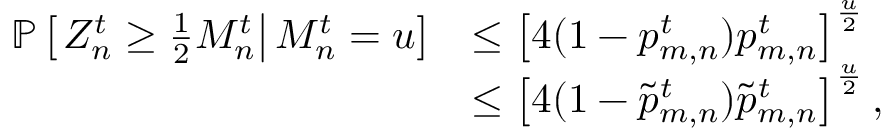
\begin{array} { r l } { \mathbb { P } \left[ \left. Z _ { n } ^ { t } \geq \frac { 1 } { 2 } M _ { n } ^ { t } \right| M _ { n } ^ { t } = u \right] } & { \leq \left[ 4 ( 1 - p _ { m , n } ^ { t } ) p _ { m , n } ^ { t } \right] ^ { \frac { u } { 2 } } } \\ & { \leq \left[ 4 ( 1 - { \tilde { p } } _ { m , n } ^ { t } ) { \tilde { p } } _ { m , n } ^ { t } \right] ^ { \frac { u } { 2 } } , } \end{array}